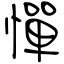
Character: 憚